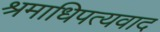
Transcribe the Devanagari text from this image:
श्रमाधिपत्यवाद